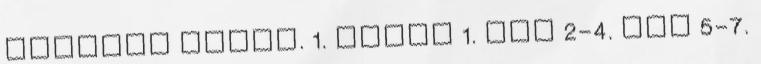
szakmai szept. 1. hétfő 1. óra 2-4. óra 5-7.